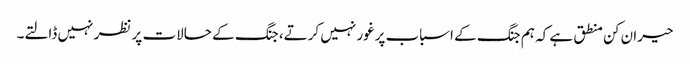
حیران کن منطق ہے کہ ہم جنگ کے اسباب پرغور نہیں کرتے، جنگ کے حالات پر نظر نہیں ڈالتے۔